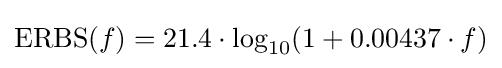
\mathrm {ERBS} (f)=21.4\cdot \log _{10}(1+0.00437\cdot f)